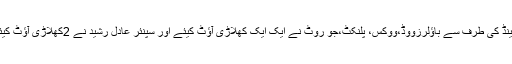
انگلینڈ کی طرف سے باؤلرزووڈ،ووکس، پلنکٹ،جو روٹ نے ایک ایک کھلاڑی آؤٹ کیئے اور سپنئر عادل رشید نے 2کھلاڑی آؤٹ کیئے۔